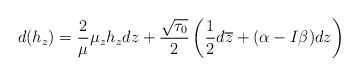
\begin{align*}d(h_z)=\frac{2}{\mu}\mu_zh_zdz+\frac{\sqrt{\tau_0}}{2}\left(\frac{1}{2}d\overline{z}+(\alpha-I\beta)dz\right)\end{align*}